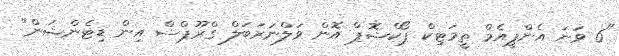
"6 ވަނަ އެންޕީއެމް ތީމަޓިކް ޕޯކްޝޮޕް އޮން ވަލްނަރަބަލް ގްރޫޕްސް އިން ޑިޓެންޝަން"